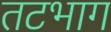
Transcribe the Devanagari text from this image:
तटभाग